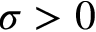
\sigma > 0